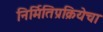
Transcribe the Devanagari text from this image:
निर्मितिप्रक्रियेचा